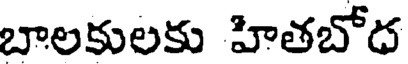
బాలకులకు హితబోద